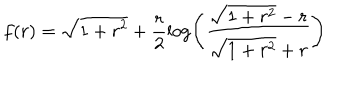
f ( r ) = \sqrt { 1 + r ^ { 2 } } + \frac { r } { 2 } \log \left( \frac { \sqrt { 1 + r ^ { 2 } } - r } { \sqrt { 1 + r ^ { 2 } } + r } \right)